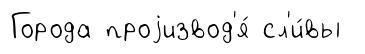
Города проjизвод'я́ сл'и́вы